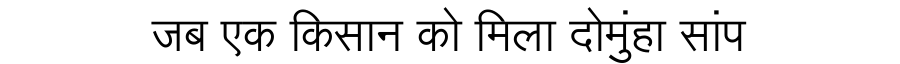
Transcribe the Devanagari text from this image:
जब एक किसान को मिला दोमुंहा सांप